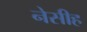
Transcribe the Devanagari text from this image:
नेसीह